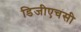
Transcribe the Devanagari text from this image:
डिजीएचसी